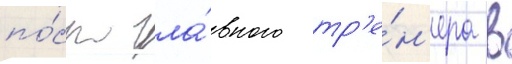
по́ст гла́вного тр'е́н'ера в